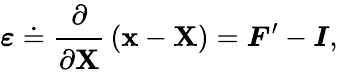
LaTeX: {\boldsymbol{\varepsilon}}\doteq{\cfrac{\partial}{\partial\mathbf{X}}}\left(\mathbf{x}-\mathbf{X}\right)={\boldsymbol{F}}^{\prime}-{\boldsymbol{I}},